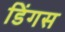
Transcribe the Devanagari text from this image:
डिंगस